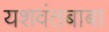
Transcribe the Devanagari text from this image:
यशवंतबाबा